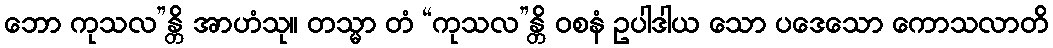
ဘော ကုသလ”န္တိ အာဟံသု။ တသ္မာ တံ “ကုသလ”န္တိ ဝစနံ ဥပါဒါယ သော ပဒေသော ကောသလာတိ